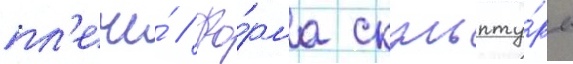
пл'ече́ // Фо́рма скульпту́ры